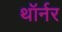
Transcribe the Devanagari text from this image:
थॉर्नर